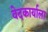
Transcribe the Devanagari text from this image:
वेदकार्याला